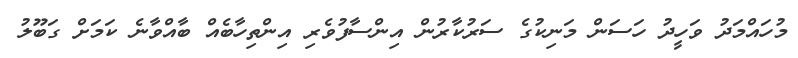
މުހައްމަދު ވަހީދު ހަސަން މަނިކުގެ ސަރުކާރުން އިންސާފުވެރި އިންތިހާބެއް ބާއްވާނެ ކަމަށް ގަބޫލު